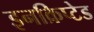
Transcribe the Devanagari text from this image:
इनक्रिप्टेड